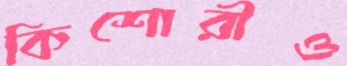
কিশোরীও